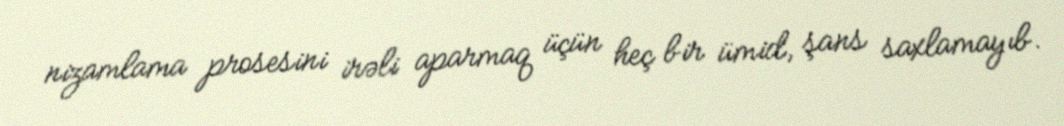
nizamlama prosesini irəli aparmaq üçün heç bir ümid, şans saxlamayıb.